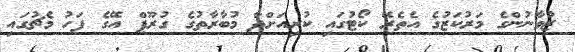
ޒުވާނުންގެ މަރުކަޒުގެ އެތެރޭ ކޯޓުގައި ކުރިއަށްދާ މުބާރާތުގެ ގުރޫޕް އޭގެ ފަހު މެޗުގައި